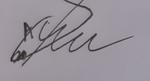
Signature authenticity: forged